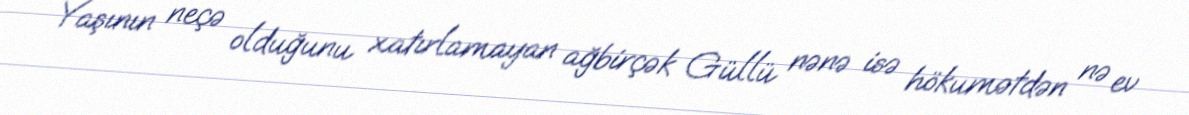
Yaşının neçə olduğunu xatırlamayan ağbirçək Güllü nənə isə hökumətdən nə ev